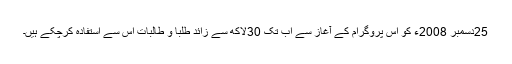
25دسمبر 2008ء کو اس پروگرام کے آغاز سے اب تک 30لاکھ سے زائد طلبا و طالبات اِس سے استفادہ کرچکے ہیں۔